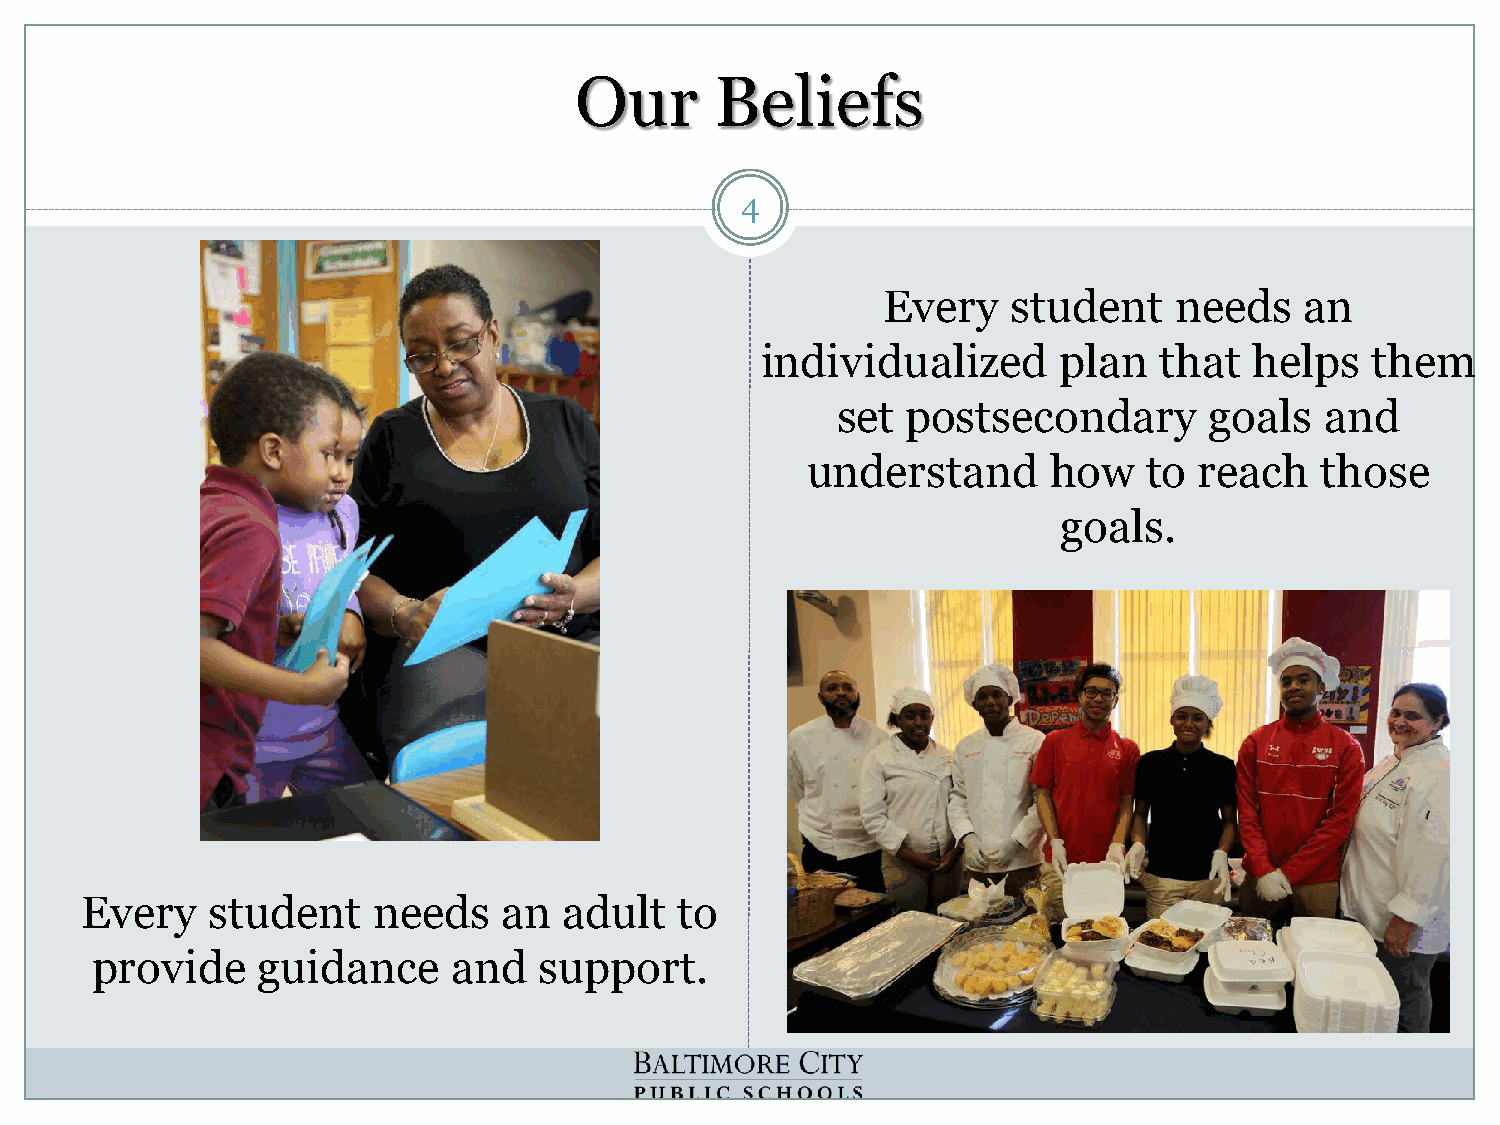
Our      Beliefs
 4
 Every    student    needs   an
 individualized      plan   that  helps   them
 set  postsecondary       goals   and
 understand       how   to reach   those
 goals.
 Every    student    needs   an  adult   to
 provide    guidance     and   support.